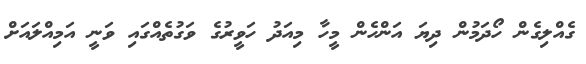
ގެއްލިގެން ހޯދަމުން ދިޔަ އަންހެން މީހާ މިއަދު ހަވީރުގެ ވަގުތެއްގައި ވަނީ އަމިއްލައަށް